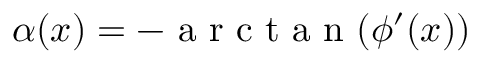
\alpha ( x ) = - \mathrm { ~ a ~ r ~ c ~ t ~ a ~ n ~ } ( \phi ^ { \prime } ( x ) )